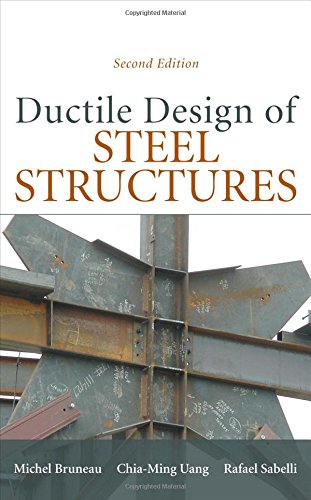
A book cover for Ductile Design of Steel Structures, 2nd Edition; Michel Bruneau; Engineering & Transportation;